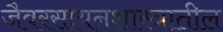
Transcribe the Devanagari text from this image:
जैवरसायनशास्त्रातील